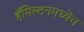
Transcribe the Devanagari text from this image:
हॅमिल्टनमध्येच